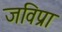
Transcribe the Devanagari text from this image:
जविप्रा